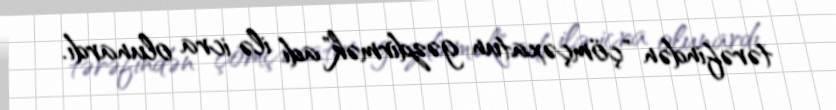
tərəfindən "çömçəxatun gəzdirmək" adı ilə icra olunardı.